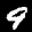
Label: 9